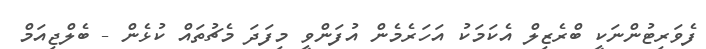
ފެވަރިޓުންނަކީ ބްރެޒިލް އެކަމަކު އަހަރެމެން އުފަންވީ މިފަދަ މެޗުތައް ކުޅެން - ބެލްޖިއަމް